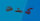
كنت